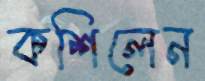
কশিলেন